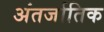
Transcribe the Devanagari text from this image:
अंतर्जातिक